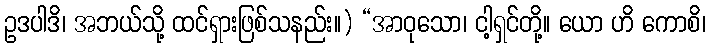
ဥဒပါဒိ၊ အဘယ်သို့ ထင်ရှားဖြစ်သနည်း။) “အာဝုသော၊ ငါ့ရှင်တို့။ ယော ဟိ ကောစိ၊